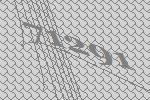
71291